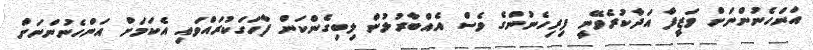
އަންހެނުންނަށް ވަޒީފާ އަދާކުރެވޭނީ ފިރިހެނުންގެ ވެސް އެއްބާރުލުން ލިބިގެންކަން ފާހަގަކުރައްވައި އެކަމަށް އަންހެނުންނަށް